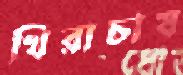
খিরাচাষ